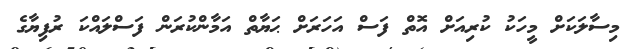
މިސާލަކަށް މީހަކު ކުރިއަށް އޮތް ފަސް އަހަރަށް ޙަޔާތް އަމާންކުރަން ފަސްލައްކަ ރުފިޔާގެ